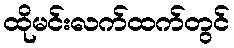
ထိုမင်းလက်ထက်တွင်